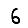
Digit: 6